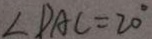
\angle D A C = 2 0 ^ { \circ }